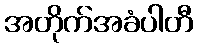
အတိုက်အခံပါတီ